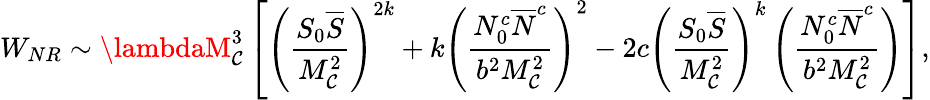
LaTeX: W_{NR}\sim\lambdaM_{\mathcal{C}}^{3}\left[\left(\frac{{S_{0}{\overline{{{S}}}}}}{{M_{\mathcal{C}}^{2}}}\right)^{2k}+k\left(\frac{{N_{0}^{c}{\overline{{{N}}}^{c}}}}{{b^{2}M_{\mathcal{C}}^{2}}}\right)^{2}-2c\left(\frac{{S_{0}{\overline{{{S}}}}}}{{M_{\mathcal{C}}^{2}}}\right)^{k}\left(\frac{{N_{0}^{c}{\overline{{{N}}}^{c}}}}{{b^{2}M_{\mathcal{C}}^{2}}}\right)\right],